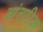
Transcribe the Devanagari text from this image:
आंतारिक